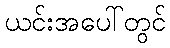
ယင်းအပေါ်တွင်